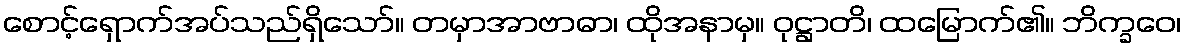
စောင့်ရှောက်အပ်သည်ရှိသော်။ တမှာအာဗာဓာ၊ ထိုအနာမှ။ ဝုဋ္ဌာတိ၊ ထမြောက်၏။ ဘိက္ခဝေ၊